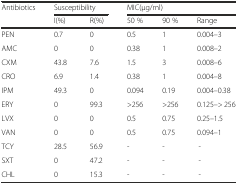
<table><thead><tr><td rowspan="2"><b>Antibiotics</b></td><td colspan="2"><b>Susceptibility</b></td><td colspan="3"><b>MIC(μg/ml)</b></td></tr><tr><td><b>I(%)</b></td><td><b>R(%)</b></td><td><b>50 %</b></td><td><b>90 %</b></td><td><b>Range</b></td></tr></thead><tbody><tr><td>PEN</td><td>0.7</td><td>0</td><td>0.5</td><td>1</td><td>0.004–3</td></tr><tr><td>AMC</td><td>0</td><td>0</td><td>0.38</td><td>1</td><td>0.008–2</td></tr><tr><td>CXM</td><td>43.8</td><td>7.6</td><td>1.5</td><td>3</td><td>0.008–6</td></tr><tr><td>CRO</td><td>6.9</td><td>1.4</td><td>0.38</td><td>1</td><td>0.004–8</td></tr><tr><td>IPM</td><td>49.3</td><td>0</td><td>0.094</td><td>0.19</td><td>0.004–0.38</td></tr><tr><td>ERY</td><td>0</td><td>99.3</td><td>&gt;256</td><td>&gt;256</td><td>0.125–&gt; 256</td></tr><tr><td>LVX</td><td>0</td><td>0</td><td>0.5</td><td>0.75</td><td>0.25–1.5</td></tr><tr><td>VAN</td><td>0</td><td>0</td><td>0.5</td><td>0.75</td><td>0.094–1</td></tr><tr><td>TCY</td><td>28.5</td><td>56.9</td><td>-</td><td>-</td><td>-</td></tr><tr><td>SXT</td><td>0</td><td>47.2</td><td>-</td><td>-</td><td>-</td></tr><tr><td>CHL</td><td>0</td><td>15.3</td><td>-</td><td>-</td><td>-</td></tr></tbody></table>